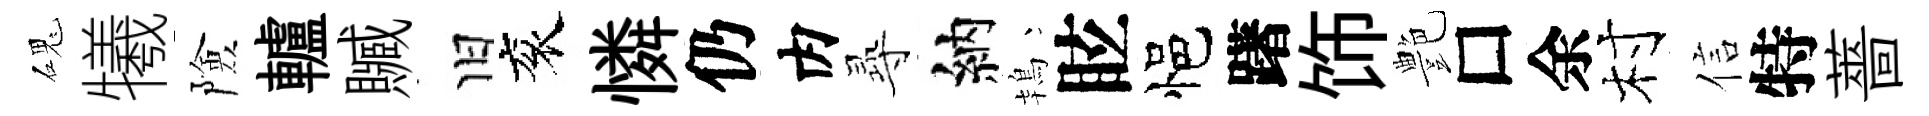
磈犧險轤贓旧衮憐仍内𡬶納鴇眩悒躇饰艶□余村信特薔